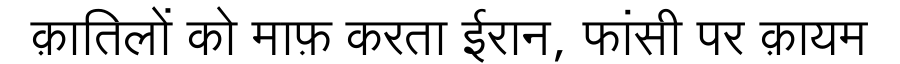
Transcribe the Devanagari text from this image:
क़ातिलों को माफ़ करता ईरान, फांसी पर क़ायम